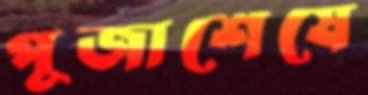
পূজাশেষে